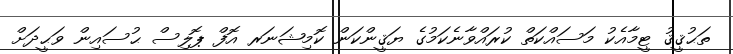
ތަޙުޤީޤު ޓީމާއެކު މަސައްކަތް ކުރައްވާނެކަމުގެ ޔަޤީންކަން ކޮމިޝަނަރ އޮފް ޕޮލިސް ޙުސައިން ވަޙީދަށް